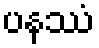
ပနဿံ